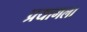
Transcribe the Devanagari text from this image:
प्रयागला